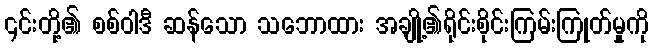
၎င်းတို့၏ စစ်ဝါဒီ ဆန်သော သဘောထား အချို့၏ရိုင်းစိုင်းကြမ်းကြုတ်မှုကို